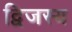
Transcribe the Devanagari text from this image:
द्विजस्य